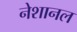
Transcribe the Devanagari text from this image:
नेशानल